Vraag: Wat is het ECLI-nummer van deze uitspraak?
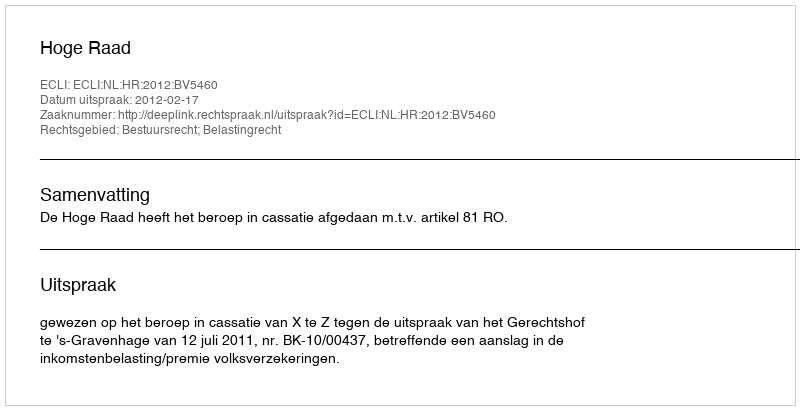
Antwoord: ECLI:NL:HR:2012:BV5460